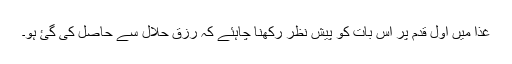
غذا میں اول قدم پر اس بات کو پیش نظر رکھنا چاہئے کہ رزق حلال سے حاصل کی گئ ہو۔